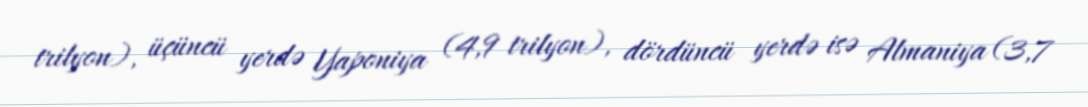
trilyon), üçüncü yerdə Yaponiya (4,9 trilyon), dördüncü yerdə isə Almaniya (3,7